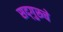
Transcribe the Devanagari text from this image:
सद्‌गुरूचे